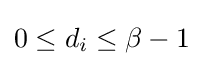
0\leq d_{i}\leq \beta -1